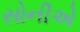
સોનીએ